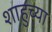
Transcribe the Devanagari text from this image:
शाहुच्या